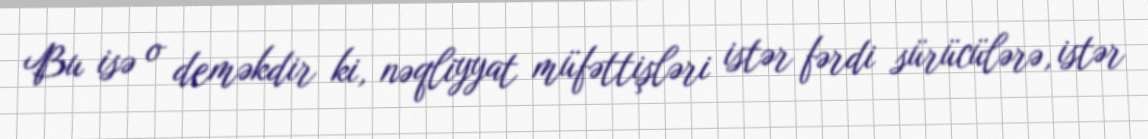
Bu isə o deməkdir ki, nəqliyyat müfəttişləri istər fərdi sürücülərə, istər